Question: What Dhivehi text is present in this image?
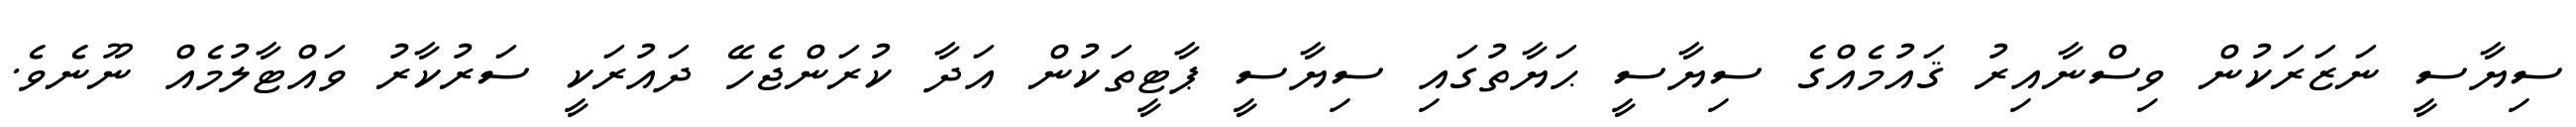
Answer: ސިޔާސީ ނަޒަރަކުން ވިސްނާއިރު ޤައުމެއްގެ ސިޔާސީ ޙަޔާތުގައި ސިޔާސީ ޕާޓީތަކުން އަދާ ކުރަންޖެހޭ ދައުރަކީ ސަރުކާރު ވައްޓާލުމެއް ނޫނެވެ.